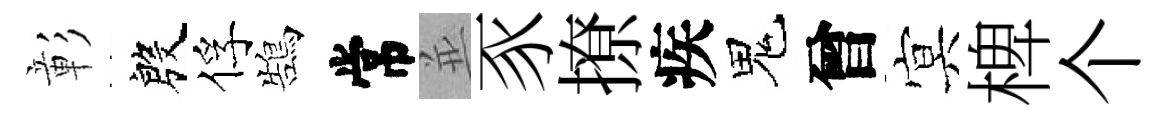
彰殷俘鵠常並豕撩疾鬼曾㝠椑个